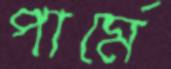
পার্মে